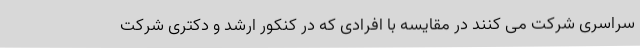
سراسری شرکت می کنند در مقایسه با افرادی که در کنکور ارشد و دکتری شرکت